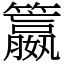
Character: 籝